Indian journal of veterinary science and animal husbandry - Volume 9,
Year: 1939
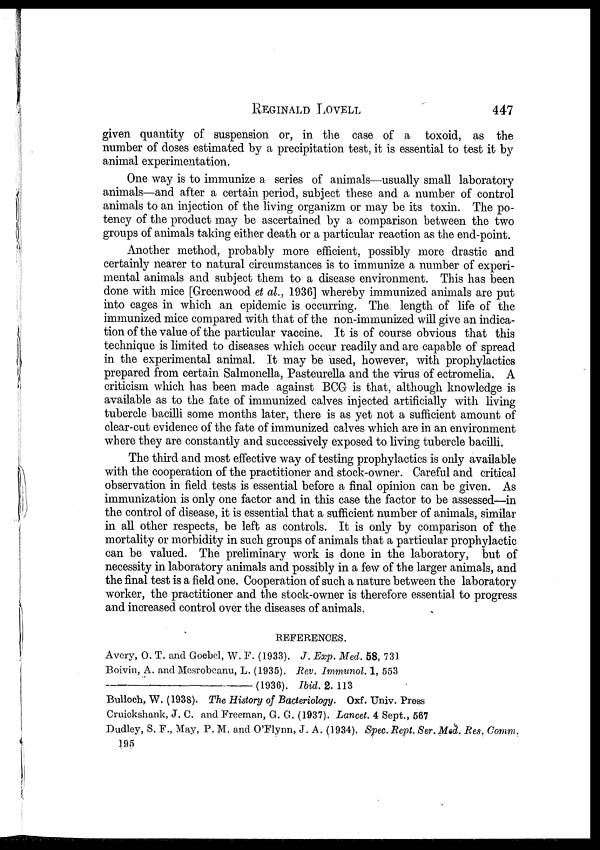
REGINALD
LOVELL
447
given quantity of suspension or, in the case of a toxoid, as the
number of doses estimated by a precipitation test, it is essential to test it by
animal experimentation.
One way is to immunize a series of animals—usually small laboratory
animals—and after a certain period, subject these and a number of control
animals to an injection of the living organizm or may be its toxin. The po-
tency of the product may be ascertained by a comparison between the two
groups of animals taking either death or a particular reaction as the end-point.
Another method, probably more efficient, possibly more drastic and
certainly nearer to natural circumstances is to immunize a number of experi-
mental animals and subject them to a disease environment. This has been
done with mice [Greenwood et al., 1936] whereby immunized animals are put
into cages in which an epidemic is occurring. The length of life of the
immunized mice compared with that of the non-immunized will give an indica-
tion of the value of the particular vaccine. It is of course obvious that this
technique is limited to diseases which occur readily and are capable of spread
in the experimental animal. It may be used, however, with prophylactics
prepared from certain Salmonella, Pasteurella and the virus of ectromelia. A
criticism which has been made against BCG is that, although knowledge is
available as to the fate of immunized calves injected artificially with living
tubercle bacilli some months later, there is as yet not a sufficient amount of
clear-cut evidence of the fate of immunized calves which are in an environment
where they are constantly and successively exposed to living tubercle bacilli.
The third and most effective way of testing prophylactics is only available
with the cooperation of the practitioner and stock-owner. Careful and critical
observation in field tests is essential before a final opinion can be given. As
immunization is only one factor and in this case the factor to be assessed—in
the control of disease, it is essential that a sufficient number of animals, similar
in all other respects, be left as controls. It is only by comparison of the
mortality or morbidity in such groups of animals that a particular prophylactic
can be valued. The preliminary work is done in the laboratory, but of
necessity in laboratory animals and possibly in a few of the larger animals, and
the final test is a field one. Cooperation of such a nature between the laboratory
worker, the practitioner and the stock-owner is therefore essential to progress
and increased control over the diseases of animals.
REFERENCES.
Avery, O. T. and Goebel, W. F. (1933). J. Exp. Med. 58, 731
Boivin, A. and Mesrobeanu, L. (1935). Rev. Immunol. 1, 553
—(1936).
Ibid. 2. 113
Bulloch, W. (1938). The History of Bacteriology. Oxf. Univ. Press
Cruickshank, J. C. and Freeman, G. G. (1937). Lancet. 4 Sept., 567
Dudley, S. F., May, P. M. and O'Flynn, J. A. (1934). Spec. Rept. Ser.Med. Res. Comm.
195